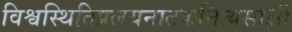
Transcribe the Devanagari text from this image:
विश्वस्थितिप्रलयनाटकनित्यसाक्षी